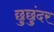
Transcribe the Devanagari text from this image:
छुछुंदर